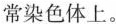
常染色体上。